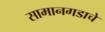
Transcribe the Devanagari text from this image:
सामानगडाचे